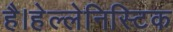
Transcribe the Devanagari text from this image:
है।हेल्लेनिस्टिक